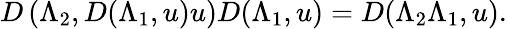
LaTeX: D\left(\Lambda_{2},D(\Lambda_{1},u)u\right)D(\Lambda_{1},u)=D(\Lambda_{2}\Lambda_{1},u).